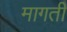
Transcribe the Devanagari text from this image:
मागती